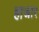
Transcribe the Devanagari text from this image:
हाजार